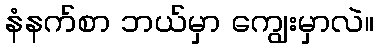
နံနက်စာ ဘယ်မှာ ကျွေးမှာလဲ။